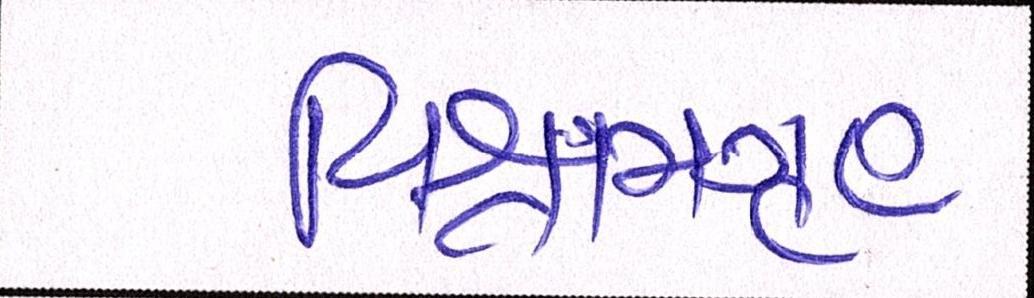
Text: વિશ્રામગૃહ